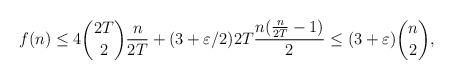
LaTeX: \begin{align*}f(n)\le 4\binom{2T}{2}\frac{n}{2T}+(3+\varepsilon/2)2T\frac{n(\frac{n}{2T}-1)}{2}\le (3+\varepsilon)\binom{n}{2},\end{align*}